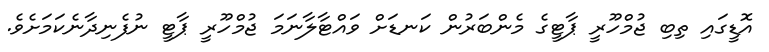
އޮޑީގައި ތިބި ޖުމްހޫރީ ޕާޓީގެ މެންބަރުން ކަނޑަށް ވައްޓާލާނަމަ ޖުމްހޫރީ ޕާޓީ ނުފެނިދާނެކަމަށެވެ.